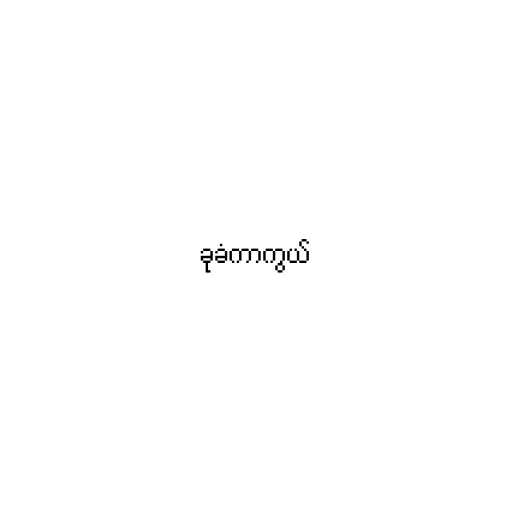
ခုခံကာကွယ်